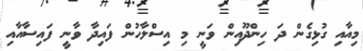
މިއާއި ގުޅިގެން ދަ ހިންދޫއިން ވަނީ މި އިސްލާހުން ފައިދާ ވާނީ ފައިސާއާއި